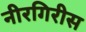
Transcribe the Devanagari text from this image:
नीरगिरीस